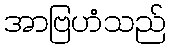
အာဗြဟံသည်